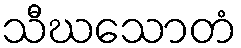
သီဃသောတံ